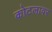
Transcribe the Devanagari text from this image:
कोटलावर